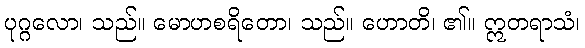
ပုဂ္ဂလော၊ သည်။ မောဟစရိတော၊ သည်။ ဟောတိ၊ ၏။ ဣတရာသံ၊